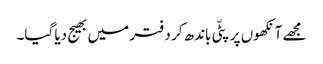
مجھے آنکھوں پر پٹّی باندھ کر دفتر میں بھیج دیا گیا۔